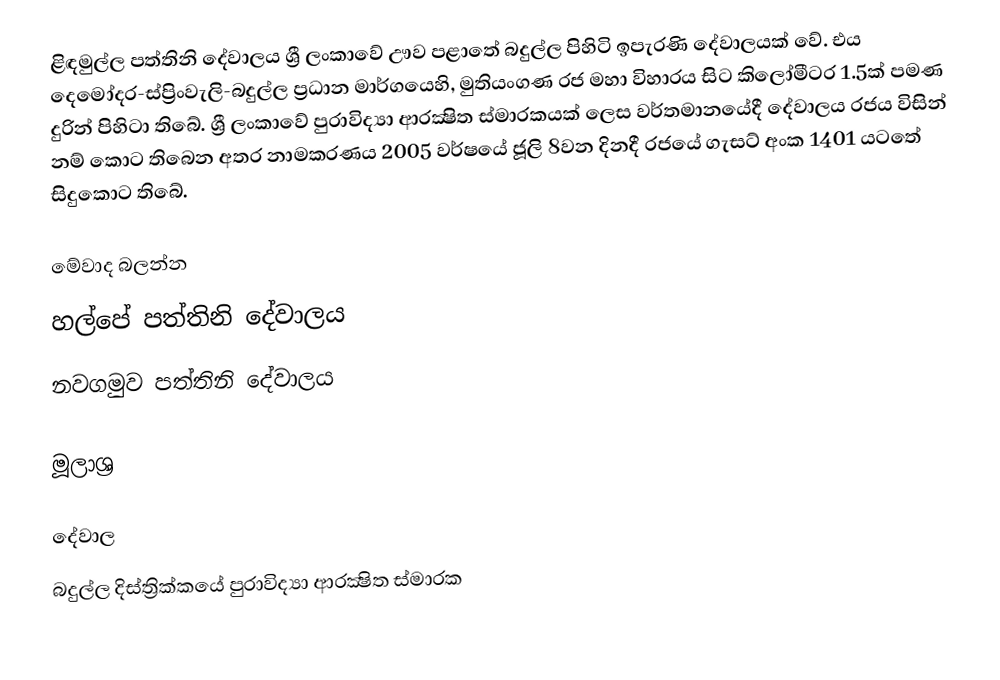
ළිඳමුල්ල පත්තිනි දේවාලය ශ්‍රී ලංකාවේ ඌව පළාතේ බදුල්ල පිහිටි ඉපැරණි දේවාලයක් වේ. එය දෙමෝදර-ස්ප්‍රිංවැලි-බදුල්ල ප්‍රධාන මාර්ගයෙහි, මුතියංගණ රජ මහා විහාරය සිට කිලෝමීටර 1.5ක් පමණ දුරින් පිහිටා තිබේ. ශ්‍රී ලංකාවේ පුරාවිද්‍යා ආරක්‍ෂිත ස්මාරකයක් ලෙස වර්තමානයේදී දේවාලය රජය විසින් නම් කොට තිබෙන අතර නාමකරණය 2005 වර්ෂයේ ජූලි 8වන දිනදී රජයේ ගැසට් අංක 1401 යටතේ සිදුකොට තිබේ.

මේවාද බලන්න
හල්පේ පත්තිනි දේවාලය
නවගමුව පත්තිනි දේවාලය

මූලාශ්‍ර

දේවාල
බදුල්ල දිස්ත්‍රික්කයේ පුරාවිද්‍යා ආරක්‍ෂිත ස්මාරක